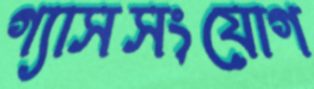
গ্যাসসংযোগ